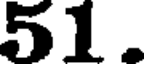
51.